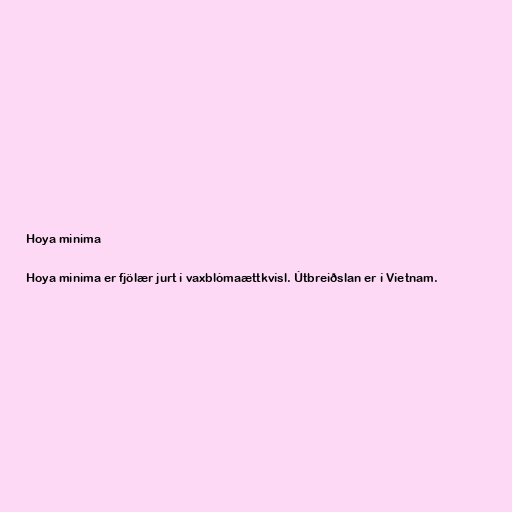
Hoya minima

Hoya minima er fjölær jurt í vaxblómaættkvísl. Útbreiðslan er í Víetnam.